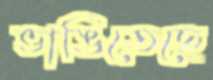
ভাঙিতেছে